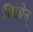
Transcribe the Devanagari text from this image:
वित्तोन्